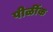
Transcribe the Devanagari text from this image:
पीळींक